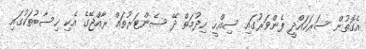
އެގޮތުން ސަރަހައްދީ ފެންވަރުގައި ސިއްހީ ހިދުމަތް ދޭ ސެންޓަރުތައް ރާއްޖޭގެ އެކި ހިސާބުތަކުގައި